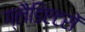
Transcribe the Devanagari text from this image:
ग्लैडिएटरों